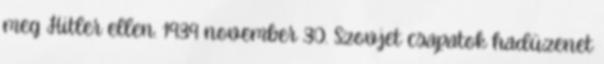
meg Hitler ellen. 1939 november 30. Szovjet csapatok hadüzenet